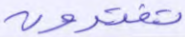
تفترون